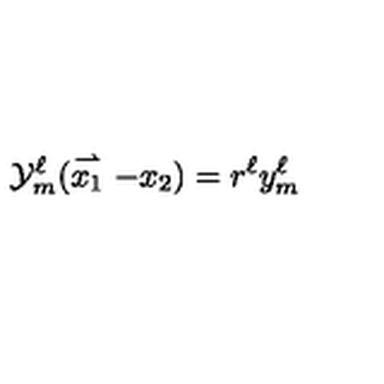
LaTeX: { \cal Y } _ { m } ^ { \ell } ( \stackrel { \rightharpoonup } { x _ { 1 } } - x _ { 2 } ) = r ^ { \ell } y _ { m } ^ { \ell }